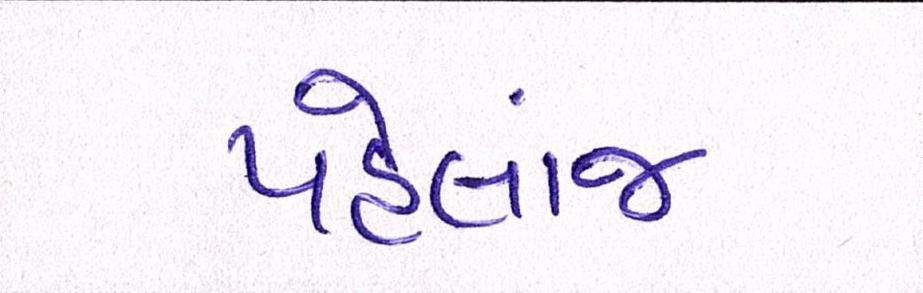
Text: પહેલાંજ